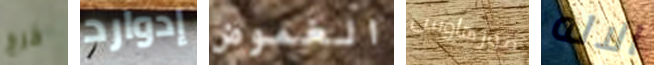
خرج إدوارد الغموض مورهاوس الاله